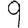
Digit: 9